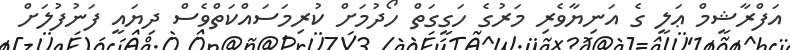
އަފްރާޝީމް ޢަލީ ގެ އަނިޔާވެރި މަރުގެ ހަގީގަތް ހޯދުމަށް ކުރިމަސައްކަތްވެސް ދިޔައީ ފަނުފުލަށް